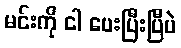
မင်းကို ငါ ပေးပြီးပြီပဲ